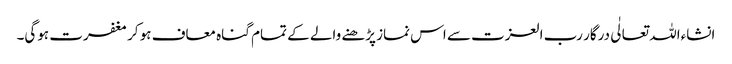
انشاءاللہ تعالٰی درگار رب العزت سے اس نماز پڑھنے والے کے تمام گناہ معاف ہو کر مغفرت ہوگی۔